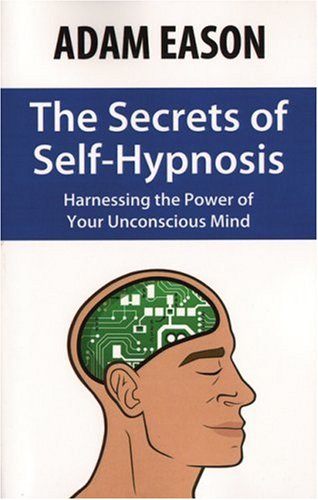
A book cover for The Secrets of Self-Hypnosis: Harnessing the Power of Your Unconscious Mind; Adam Eason; Self-Help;